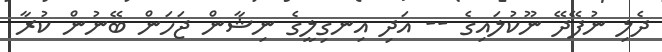
ދެލި ނުފޭދޭ ނޫކުލައިގެ -- އަދި އިނގިލީގެ ނިޝާން ޖަހަން ބޭނުން ކުރާ